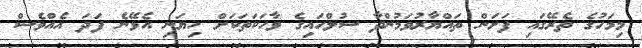
މިމަހުގެ ތެރޭގައި ފަށަން ތައްޔާރުވަމުންދާ ސުލްހައިގެ ވާހަކަތަކަށް ހިޔަނި އެޅޭނެ ފަދަ އެއްވެސް